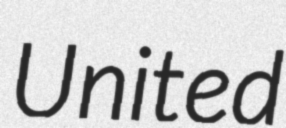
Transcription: United